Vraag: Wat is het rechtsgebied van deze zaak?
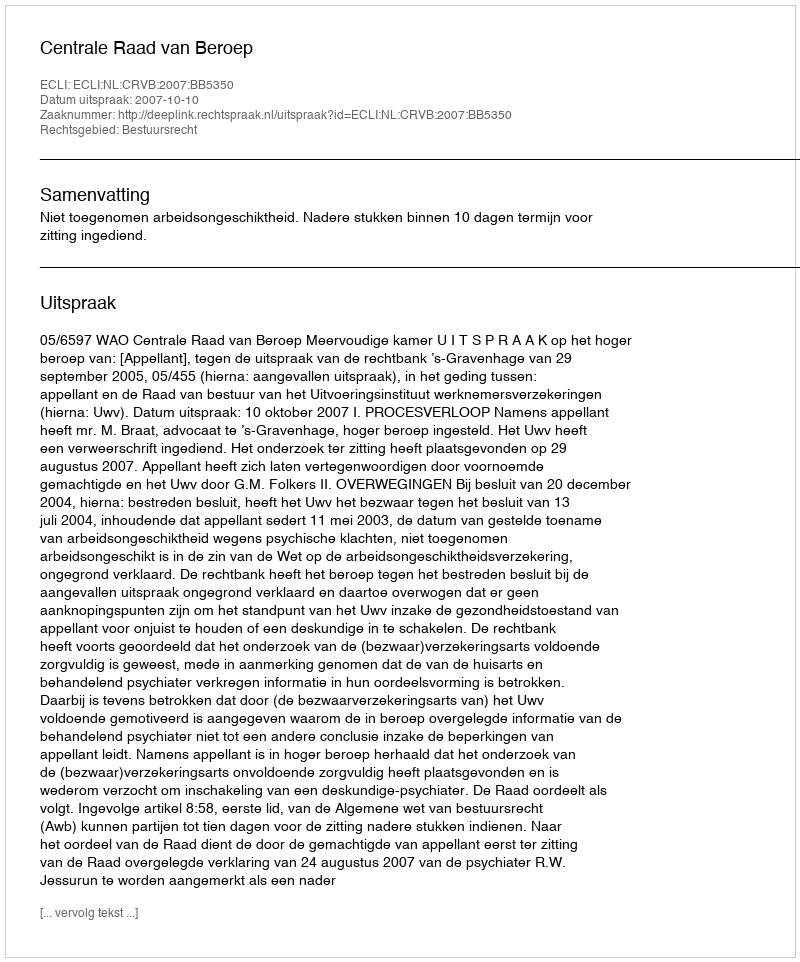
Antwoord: Bestuursrecht